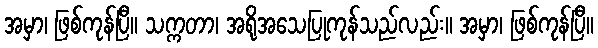
အမှာ၊ ဖြစ်ကုန်ပြီ။ သက္ကတာ၊ အရိုအသေပြုကုန်သည်လည်း။ အမှာ၊ ဖြစ်ကုန်ပြီ။